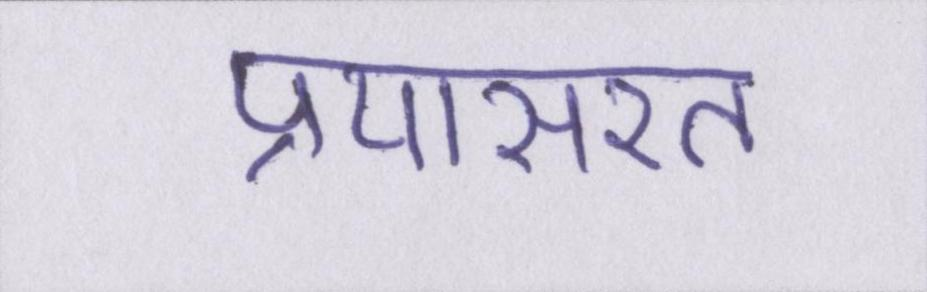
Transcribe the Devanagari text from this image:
प्रयासरत